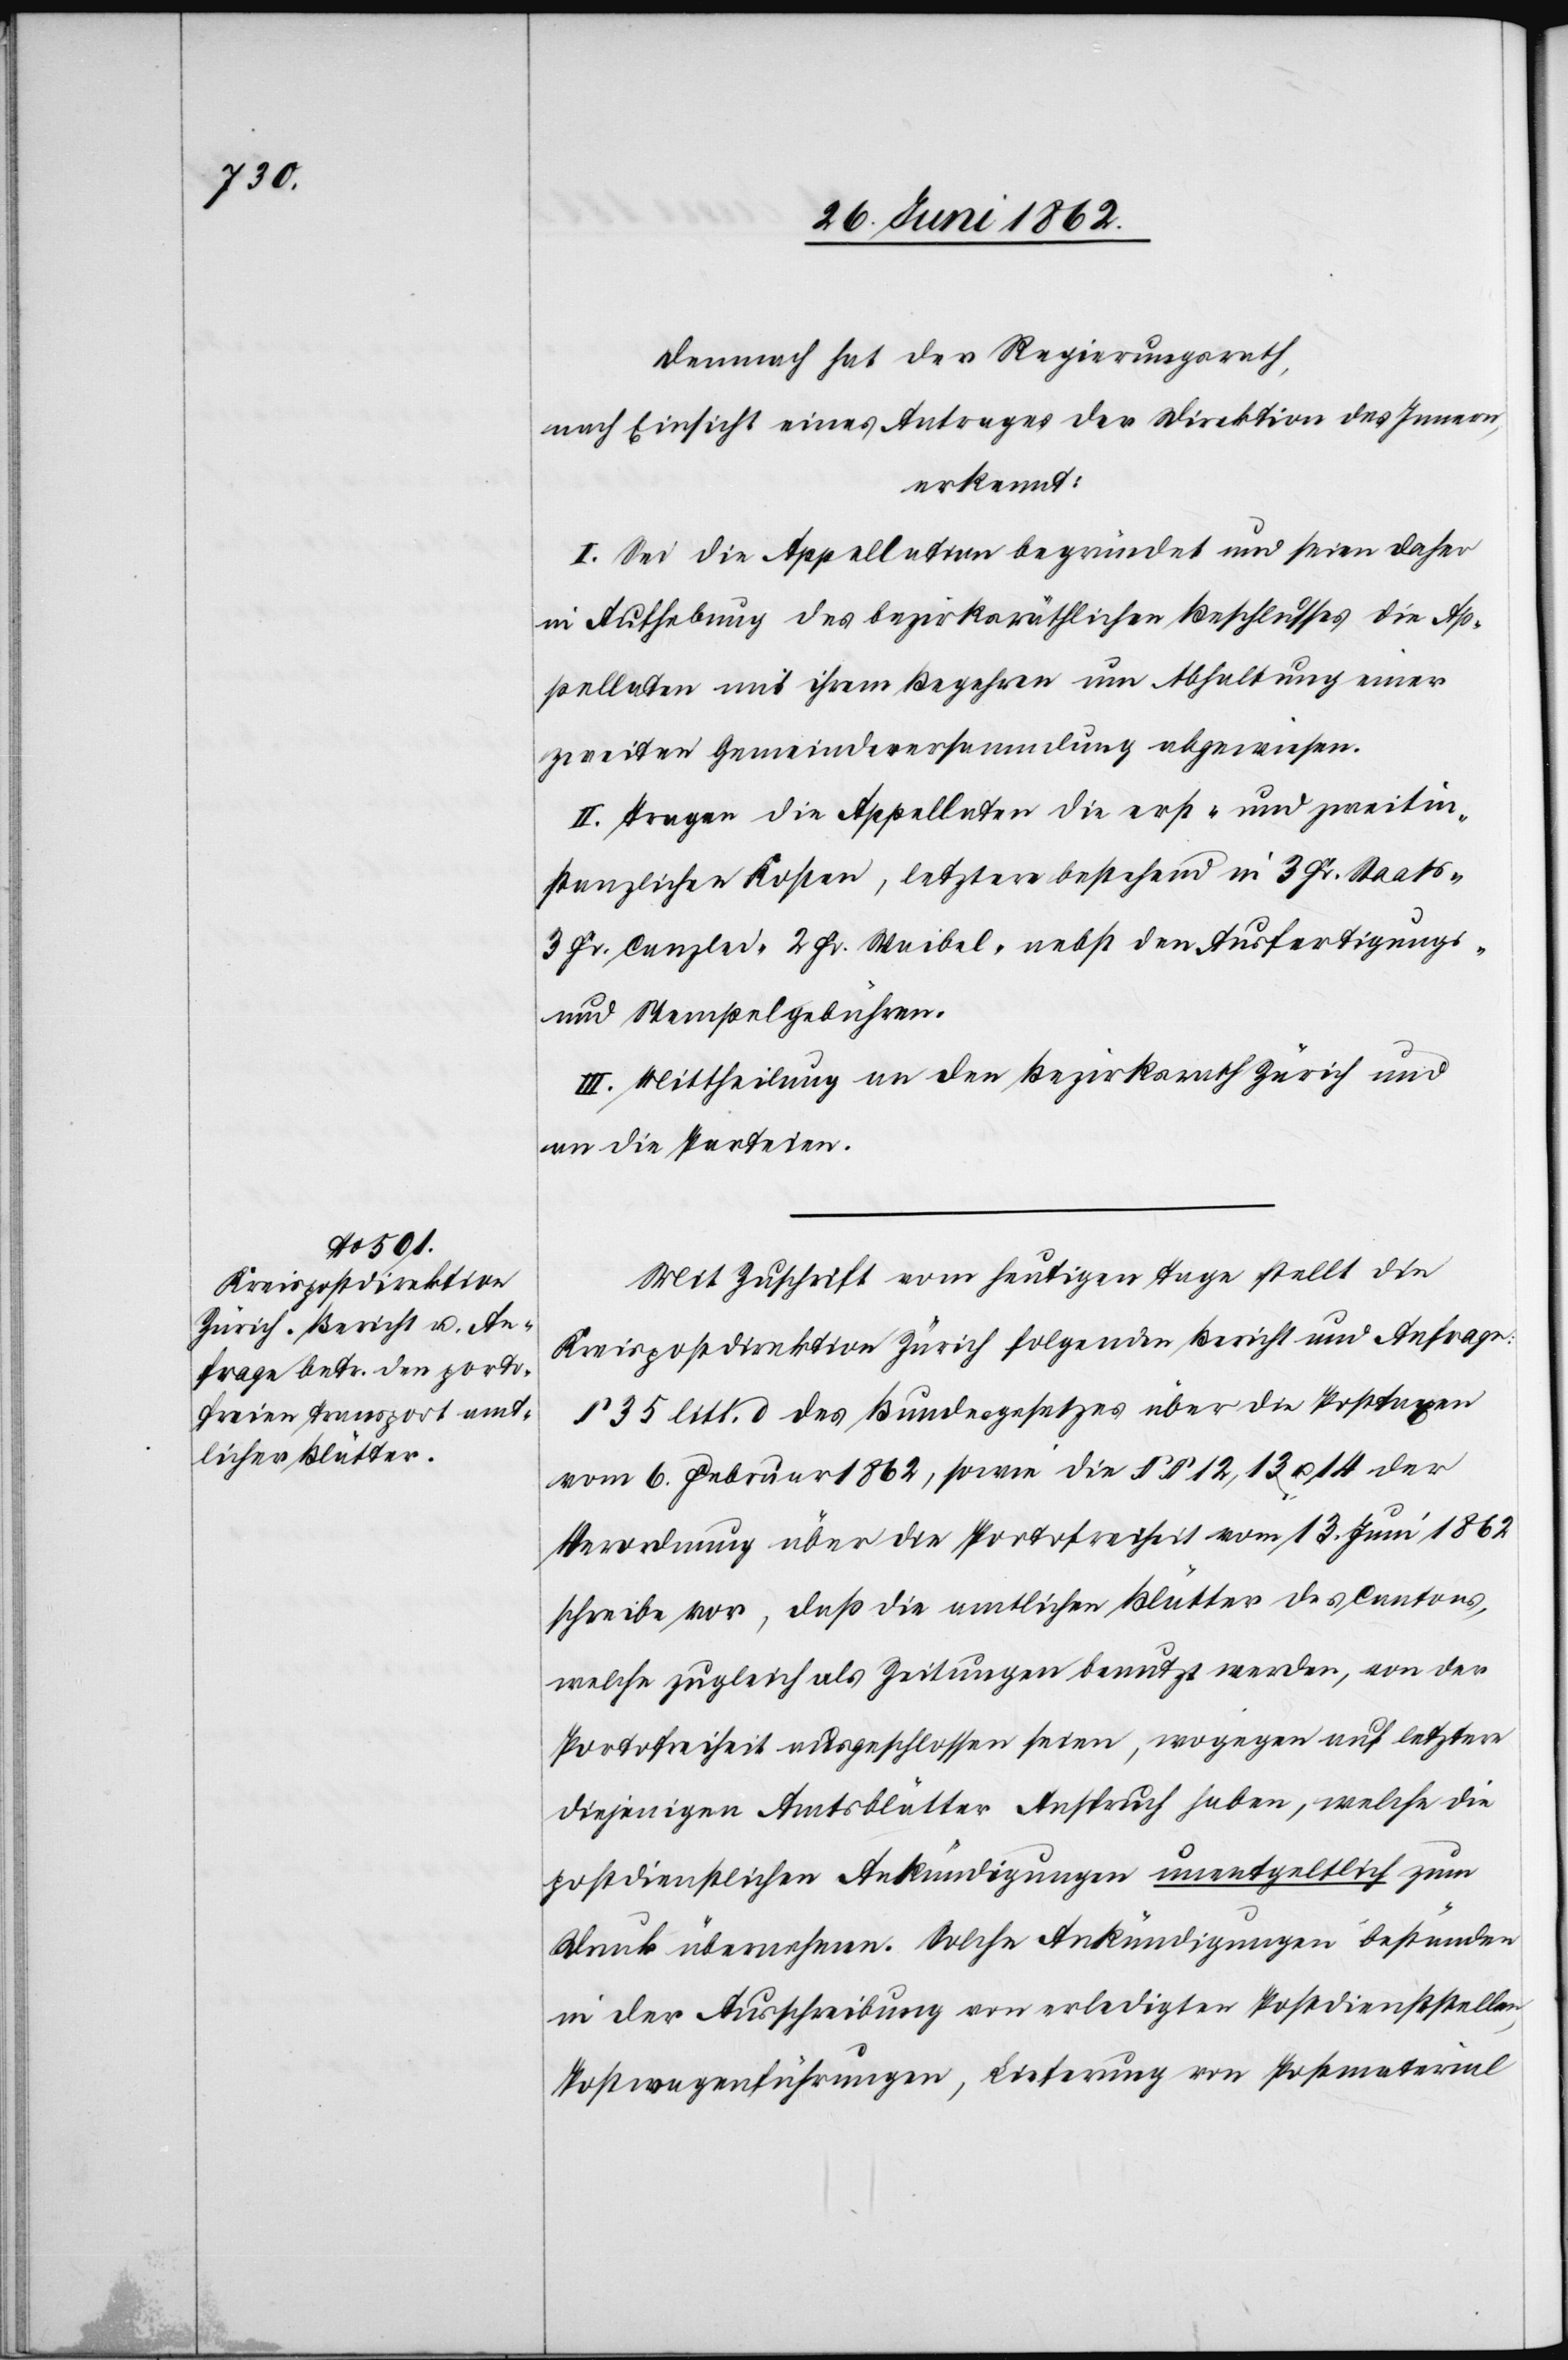
Demnach hat der Regierungsrath,
nach Einsicht eines Antrages der Direktion des Innern,
erkennt:
I. Sei die Appellation begründet und seien daher
in Aufhebung des bezirksräthlichen Beschlusses die Ap¬
pellaten mit ihrem Begehren um Abhaltung einer
zweiten Gemeindeversammlung abgewiesen.
II. Tragen die Appellaten die erst- und zweitin¬
stanzlichen Kosten, letztere bestehend in 3 Fr. Staats-[,]
3 Fr. Canzlei-[,] 2 Fr. Waibel- nebst den Ausfertigungs-
und Stempelgebühren.
III. Mittheilung an den Bezirksrath Zürich und
an die Parteien.
Mit Zuschrift vom heutigen Tage stellt die
Kreispostdirektion Zürich folgenden Bericht und Anfrage:
§ 35 litt. d. des Bundesgesetzes über die Posttaxen
vom 6. Februar 1862, sowie die §§ 12, 13 u. 14 der
Verordnung über die Portofreiheit vom 13. Juni 1862
schreibe vor, daß die amtlichen Blätter des Cantons,
welche zugleich als Zeitungen benutzt werden, von der
Portofreiheit ausgeschlossen seien, wogegen auf letztere
diejenigen Amtsblätter Anspruch haben, welche die
postdienstlichen Ankündigungen unentgeltlich zum
Druck übernehmen. Solche Ankündigungen beständen
in der Ausschreibung von erledigten Postdienststellen,
Postwagenführungen, Lieferung von Postmaterial